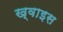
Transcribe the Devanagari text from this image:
ख्वाइस